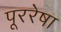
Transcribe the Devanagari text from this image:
पूररेषा